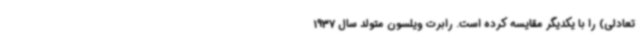
تعادلی) را با یکدیگر مقایسه کرده است. رابرت ویلسون متولد سال 1937